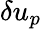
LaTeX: \delta u_{p}